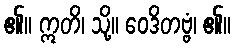
၏။ ဣတိ၊ သို့။ ဝေဒိတဗ္ဗံ၊ ၏။